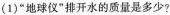
(1)”地球仪”排开水的质量是多少?